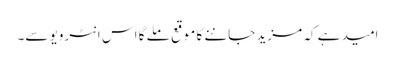
امید ہے کہ مزید جاننے کا موقع ملے گا اس انٹرویو سے۔